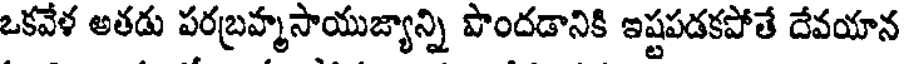
ఒకవేళ అతడు పరబ్రహ్మసాయుజ్యాన్ని పొందడానికి ఇష్టపడకపోతే దేవయాన